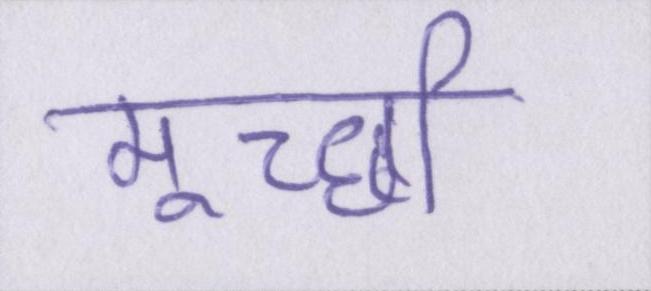
मूर्च्छा